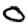
Digit: 0